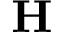
\bf { H }